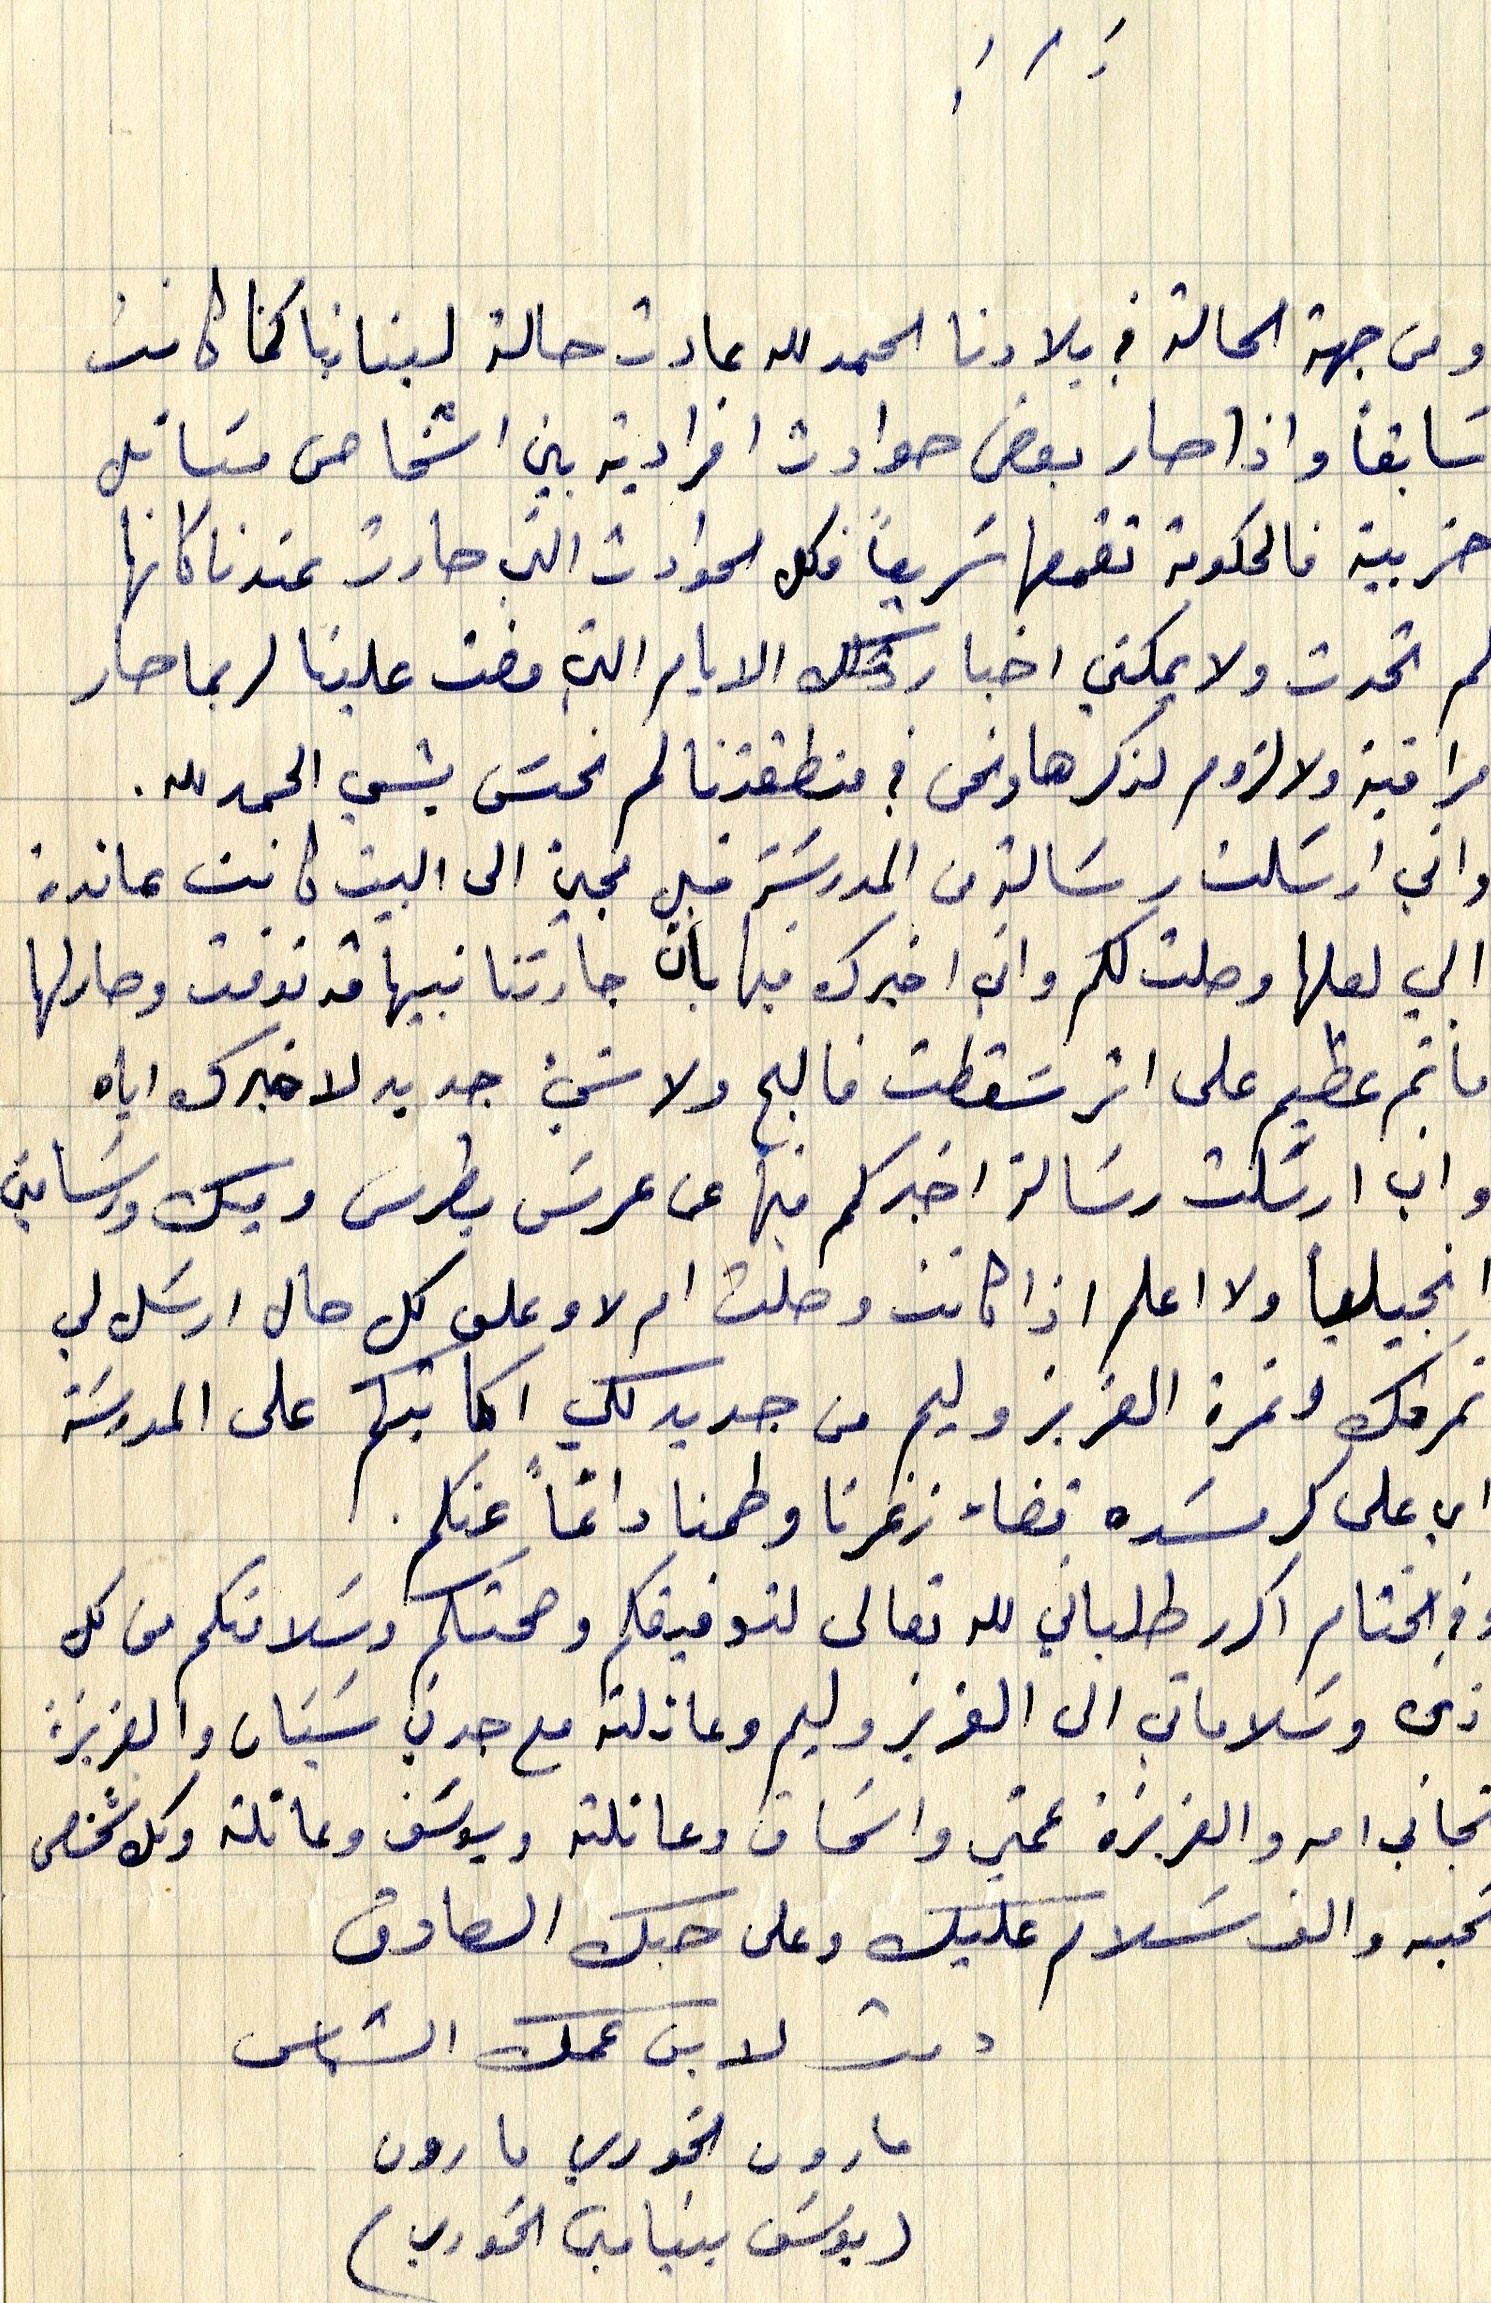
ومن جهة الحالة في بلادنا الحمد لله عادت حالة لبنانا كما كانت
سابقاً واذا صار بعض حوادث افرادية بين اشخاص مسائل
حزبية فالحكومة تقمعها سَريعاً فكل الحوادث عندنا كانها
لم تحدث ولا يمكني اخبار تلك الايام التي مضت علينا لربما صار
مراقبة ولا لزوم لذكرها ونحن في منطقتنا لم نحسّ بشي الحمد لله.
واني ارسَلت رسَالة من المدرسَة قبل مجيء الى البيت كانت عائدة
الي لعلها وصلت لكم وان اخبرك فيها بأن جارتنا نبيها قد توفت وصارلها
مأتم عظيم على اثر سَقطت فالج ولا شيء جديد لاخبرك اياه
واني ارسلت رسَالة اخبركم فيها عن عرسَ بطرس وبيك ورسامتي
انجيلياً ولا اعلم اذا كانت وصلت ام لا وعلى كل حال ارسل لي
نمرتك ونمرة العزيز وليم من جديد لكي اكاتبكم على المدرسَة
اي على كرمسَده قضاء زغرتا وطمنا دائماً عنكم.
زمن وسلاماتي الى العزيز وليم وعائلته مع جدتي اسَيَان والعزيزة
شجاني امه والعزيزة عمتي واسحاق وعائلته ويوسف وعائلته وكل شخص
تحيه والف سلام عليك وعلى حبك الصادق
دمت لابن عمك الشماس
مارون الخوري مارون
يوسف بنيامين الخوري
وفي الختام اكرر طلباتي لله تعالى لتوفيقكم وصحتكم وسلامتكم من كل